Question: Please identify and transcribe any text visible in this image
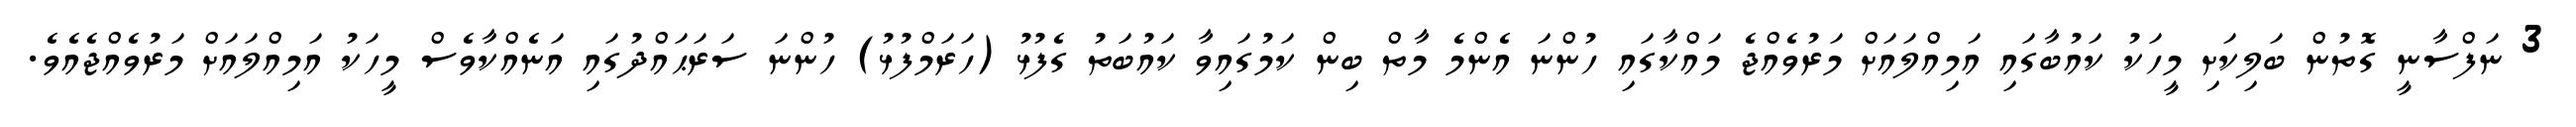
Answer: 3 ނަފްސާނީ ގޮތުން ބަލިކަށި މީހަކު ކައުބާގައި އަމިއްލައަށް މަރުވެއްޖެ މައްކާގައި ހުންނަ އެންމެ މާތް ބިން ކަމުގައިވާ ކައުބަތު ގެފުޅު (ހަރަމްފުޅު) ހުންނަ ސަރަޙައްދުގައި އަނެއްކާވެސް މީހަކު އަމިއްލައަށް މަރުވެއްޖެއެވެ.